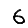
Digit: 6